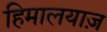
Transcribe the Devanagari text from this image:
हिमालयाज़